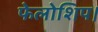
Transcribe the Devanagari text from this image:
फेलोशिप।